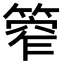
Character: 𥰾